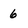
Character: 6